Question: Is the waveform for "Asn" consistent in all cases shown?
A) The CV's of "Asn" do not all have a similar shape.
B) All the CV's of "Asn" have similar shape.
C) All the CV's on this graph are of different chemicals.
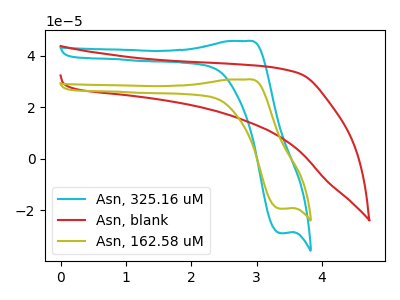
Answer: <think>The cyan curve "Asn, 325.16 uM" has an anodic peak at (2.85V, 45.65uA) and a cathodic peak at (3.35V, -28.95uA). The red curve "Asn, blank" has no peaks. The olive curve "Asn, 162.58 uM" has an anodic peak at (2.85V, 30.70uA) and a cathodic peak at (3.35V, -19.50uA).
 "Asn, 325.16 uM" and "Asn, blank" have a different number of peaks. All the peaks in "Asn, 325.16 uM" have a peak in "Asn, 162.58 uM" at the same potential. Every peak in "Asn, 325.16 uM" is higher than every peak in "Asn, 162.58 uM". "Asn, blank" and "Asn, 162.58 uM" have a different number of peaks.</think>
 <answer>B) All the CV's of "Asn" have similar shape.</answer>
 <eval>B</eval>